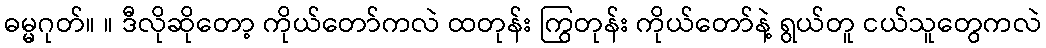
ဓမ္မဂုတ်။ ။ ဒီလိုဆိုတော့ ကိုယ်တော်ကလဲ ထတုန်း ကြွတုန်း ကိုယ်တော်နဲ့ ရွယ်တူ ငယ်သူတွေကလဲ